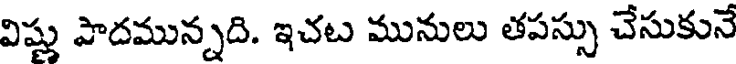
విష్ణు పాదమున్నది. ఇచట మునులు తపస్సు చేసుకునే